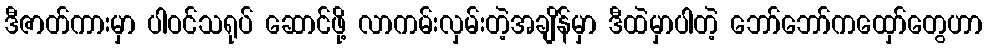
ဒီဇာတ်ကားမှာ ပါဝင်သရုပ် ဆောင်ဖို့ လာကမ်းလှမ်းတဲ့အချိန်မှာ ဒီထဲမှာပါတဲ့ ဘော်ဘော်ကထှော်တွေဟာ